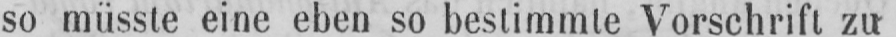
so müsste eine eben so bestimmte Vorschrift zu